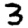
Digit: 3